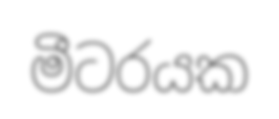
මීටරයක